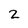
Character: 2